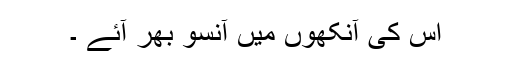
اس کی آنکھوں میں آنسو بھر آئے ۔